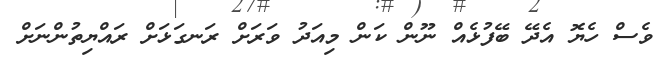
ވެސް ހެޔޮ އެދޭ ބޭފުޅެއް ނޫން ކަން މިއަދު ވަރަށް ރަނގަޅަށް ރައްޔިތުންނަށް